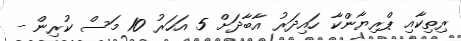
ރިތިކާއި ޕްރިޔާންކާ ހައިދަރު އާބާދަށް 5 އަހަރު 10 މަސް ކުރިން -